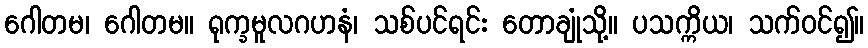
ဂေါတမ၊ ဂေါတမ။ ရုက္ခမူလဂဟနံ၊ သစ်ပင်ရင်း တောချုံသို့။ ပသက္ကိယ၊ သက်ဝင်၍။